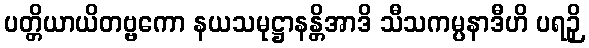
ပတ္တိယာယိတဗ္ဗကော နယသမုဋ္ဌာနန္တိအာဒိ သီသကမ္ပနာဒီဟိ ပရဉှိ